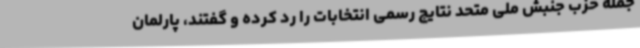
جمله حزب جنبش ملی متحد نتایج رسمی انتخابات را رد کرده و گفتند، پارلمان